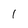
Character: l